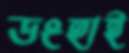
ডংহাই